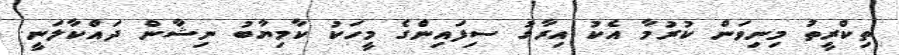
ތިކްރީތު މިނިވަން ކުރުމާ އެކު އިރާގު ސިފައިންގެ މީހަކު ކާމިޔާބު ނިޝާން ދައްކާލަނީ.